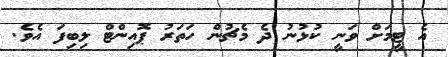
އެ ޓީމަށް ވަނީ ކުޅުނު ދެ މެޗުން ހަތަރު ޕޮއިންޓް ލިބިފަ އެވެ.